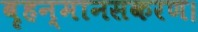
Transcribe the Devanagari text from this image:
बृहन्मानसकरण।